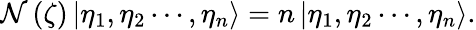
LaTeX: \mathcal{N}\left(\zeta\right)\left|\eta_{1},\eta_{2}\cdots,\eta_{n}\right\rangle=n\left|\eta_{1},\eta_{2}\cdots,\eta_{n}\right\rangle.